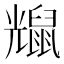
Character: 𪕗